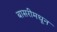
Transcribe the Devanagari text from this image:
बासरीमधून